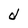
Character: d